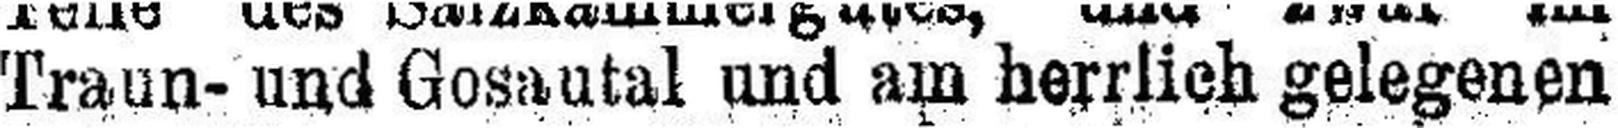
Traun- und Gosautal und am herrlich gelegenen